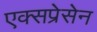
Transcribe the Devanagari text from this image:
एक्सप्रेसेन